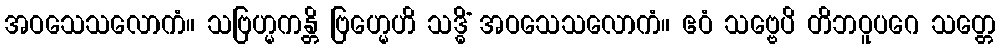
အဝသေသလောကံ။ သဗြဟ္မကန္တိ ဗြဟ္မေဟိ သဒ္ဓိံ အဝသေသလောကံ။ ဧဝံ သဗ္ဗေပိ တိဘဝူပဂေ သတ္တေ